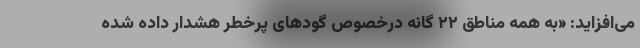
می‌‌افزاید: «به همه مناطق ۲۲ گانه درخصوص گودهای پرخطر هشدار داده شده